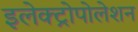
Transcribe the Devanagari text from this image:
इलेक्ट्रोपोलेशन